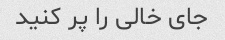
جای خالی را پر کنید